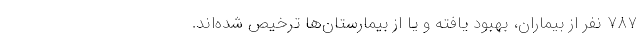
۷۸۷ نفر از بیماران، بهبود یافته و یا از بیمارستان‌ها ترخیص شده‌اند.